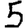
Digit: 5